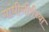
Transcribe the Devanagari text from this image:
गांधीगीरीच्या